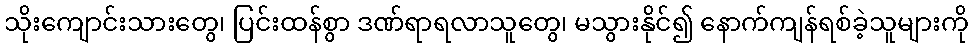
သိုးကျောင်းသားတွေ၊ ပြင်းထန်စွာ ဒဏ်ရာရလာသူတွေ၊ မသွားနိုင်၍ နောက်ကျန်ရစ်ခဲ့သူများကို